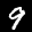
Label: 9